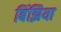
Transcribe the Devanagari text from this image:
बिंझिया